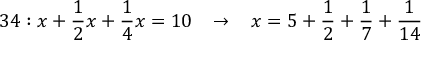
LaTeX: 3 4 : x + { \frac { 1 } { 2 } } x + { \frac { 1 } { 4 } } x = 1 0 \; \; \; \rightarrow \; \; \; x = 5 + { \frac { 1 } { 2 } } + { \frac { 1 } { 7 } } + { \frac { 1 } { 1 4 } }